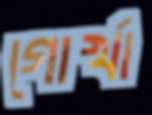
গোর্খা